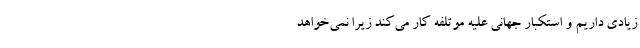
زیادی داریم و استکبار جهانی علیه موتلفه کار می‌کند زیرا نمی‌خواهد